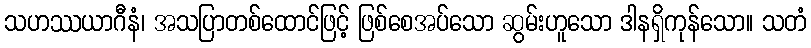
သဟဿယာဂီနံ၊ အသပြာတစ်ထောင်ဖြင့် ဖြစ်စေအပ်သော ဆွမ်းဟူသော ဒါနရှိကုန်သော။ သတံ